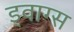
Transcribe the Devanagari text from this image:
ड्वाग्स